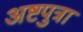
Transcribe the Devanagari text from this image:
अष्टपुत्रा